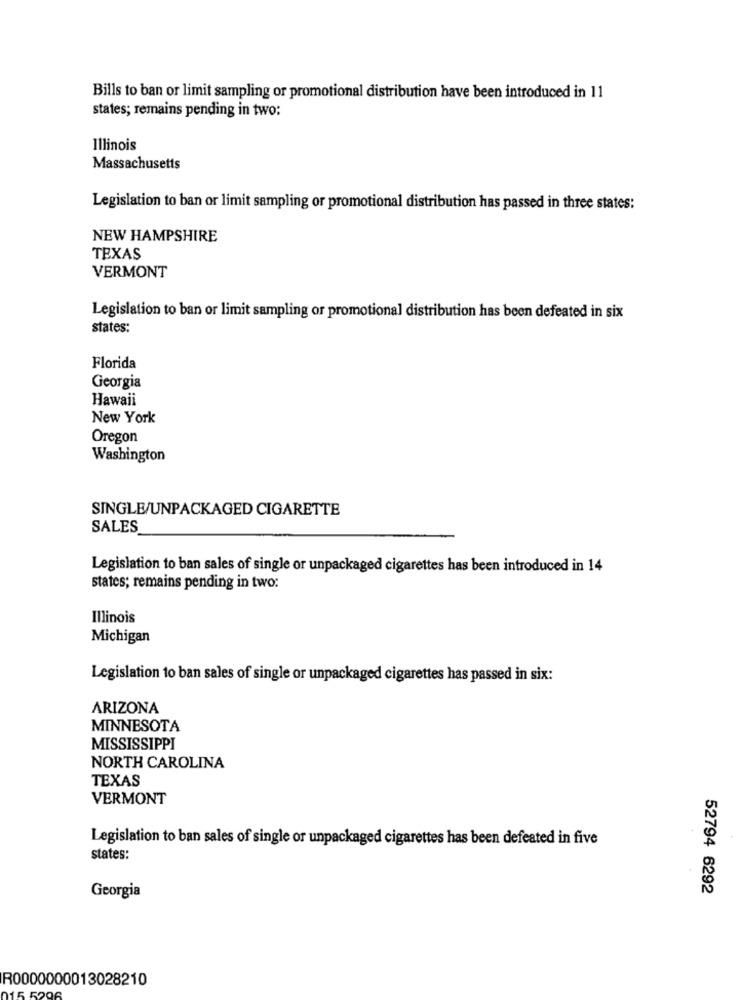
Bills to ban or limit sampling or promotional distribution have been introduced in 11
states; remains pending in two:
Illinois
Massachusetts
Legislation to ban or limit sampling or promotional distribution has passed in three states:
NEW HAMPSHIRE
TEXAS
VERMONT
Legislation to ban or limit sampling or promotional distribution has been defeated in six
states:
Florida
Georgia
Hawaii
New York
Oregon
Washington
SINGLE/UNPACKAGED CIGARETTE
SALES
Legislation to ban sales of single or unpackaged cigarettes has been introduced in 14
states; remains pending in two:
Illinois
Michigan
Legislation to ban sales of single or unpackaged cigarettes has passed in six:
ARIZONA
MINNESOTA
MISSISSIPPI
NORTH CAROLINA
TEXAS
VERMONT
Legislation to ban sales of single or unpackaged cigarettes has been defeated in five
states:
52794 6292
Georgia
R0000000013028210
15 5296